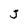
Character: J